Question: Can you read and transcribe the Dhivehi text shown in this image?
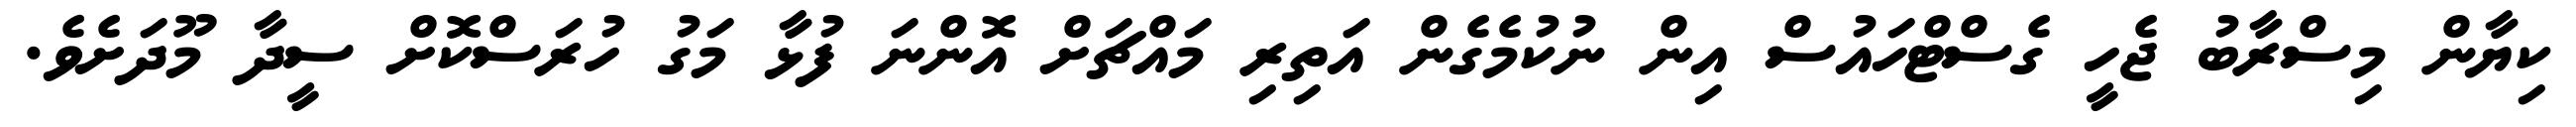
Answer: ކިޔާން މިސްރާބު ޖެހީ ގެސްޓްހައުސް އިން ނުކުމެގެން އަތިރި މައްޗަށް އޮންނަ ފުޅާ މަގު ހުރަސްކޮށް ސީދާ މޫދަށެވެ.